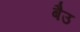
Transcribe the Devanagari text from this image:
बैउ